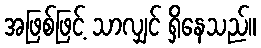
အဖြစ်ဖြင့် သာလျှင် ရှိနေသည်။